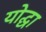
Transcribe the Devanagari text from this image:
योद्घा